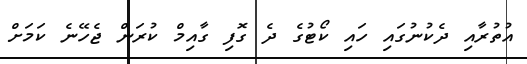
އުތުރާއި ދެކުނުގައި ހައި ކޯޓުގެ ދެ ގޮފި ގާއިމް ކުރަން ޖެހޭނެ ކަމަށް